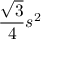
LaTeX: { \frac { \sqrt { 3 } } { 4 } } s ^ { 2 } \,